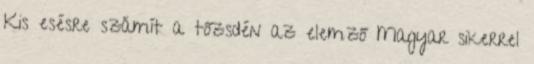
Kis esésre számít a tőzsdén az elemző Magyar sikerrel